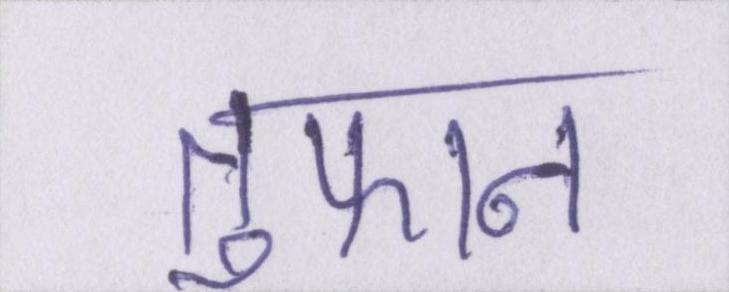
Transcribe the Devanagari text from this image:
तूफान